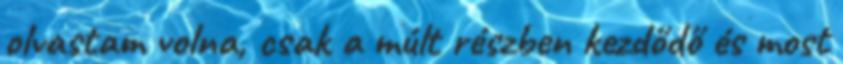
olvastam volna, csak a múlt részben kezdődő és most